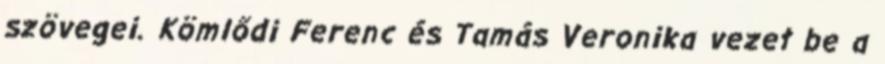
szövegei. Kömlődi Ferenc és Tamás Veronika vezet be a